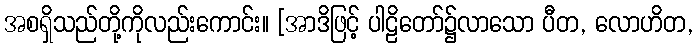
အစရှိသည်တို့ကိုလည်းကောင်း။ [အာဒိဖြင့် ပါဠိတော်၌လာသော ပီတ, လောဟိတ,